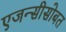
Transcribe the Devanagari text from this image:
एजन्सीसोबत